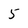
Character: 5